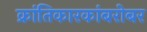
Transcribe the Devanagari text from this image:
क्रांतिकारकांबरोबर